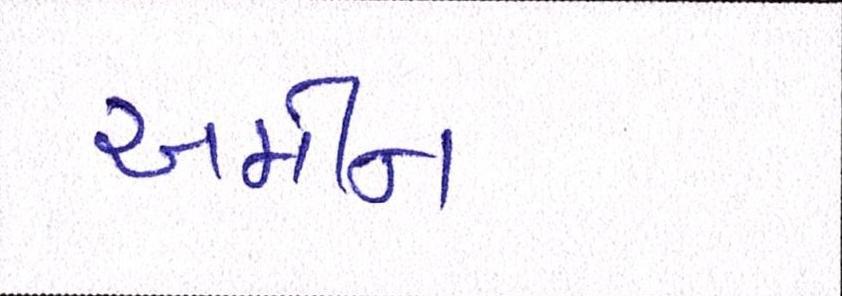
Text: અમીન